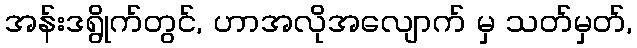
အန်းဒရွိုက်တွင်, ဟာအလိုအလျောက် မှ သတ်မှတ်,